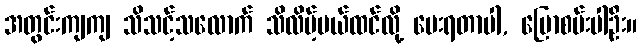
အတွင်းကျကျ သိသင့်သလောက် သိလိမ့်မယ်ထင်လို့ မေးရတာပါ, ပြောစမ်းပါဦး။